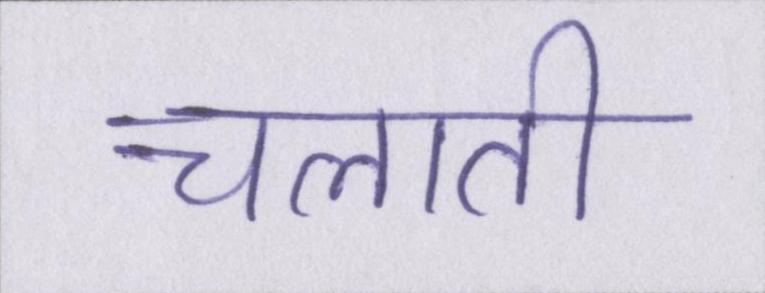
चलाती